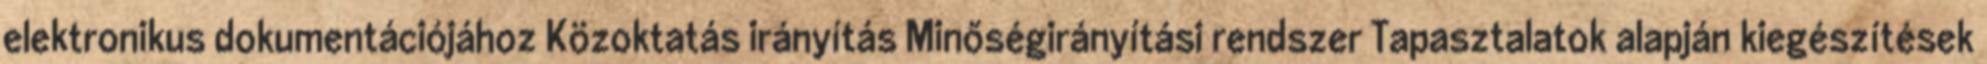
elektronikus dokumentációjához Közoktatás irányítás Minőségirányítási rendszer Tapasztalatok alapján kiegészítések